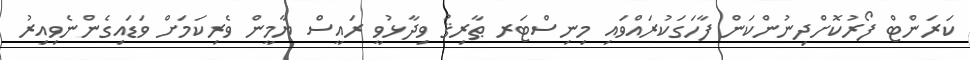
ކަރަންޓް ފޯރުކޮށްދިނުންކަން ފާހަގަކުރައްވައި މިނިސްޓަރ ޠާރިޤު ވިދާޅުވީ ރައީސް ޔާމީން ވެރިކަމަށް ވަޑައިގެންނެވިއިރު